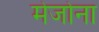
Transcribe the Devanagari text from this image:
मेजोना